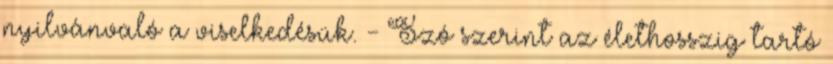
nyilvánvaló a viselkedésük. - Szó szerint az élethosszig tartó